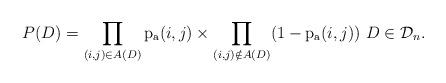
LaTeX: \begin{align*}P(D)=\prod_{(i,j)\in A(D)} \mathrm{p_a}(i,j) \times \prod_{(i,j)\notin A(D)} (1-\mathrm{p_a}(i,j)) \ D\in \mathcal{D}_n.\end{align*}